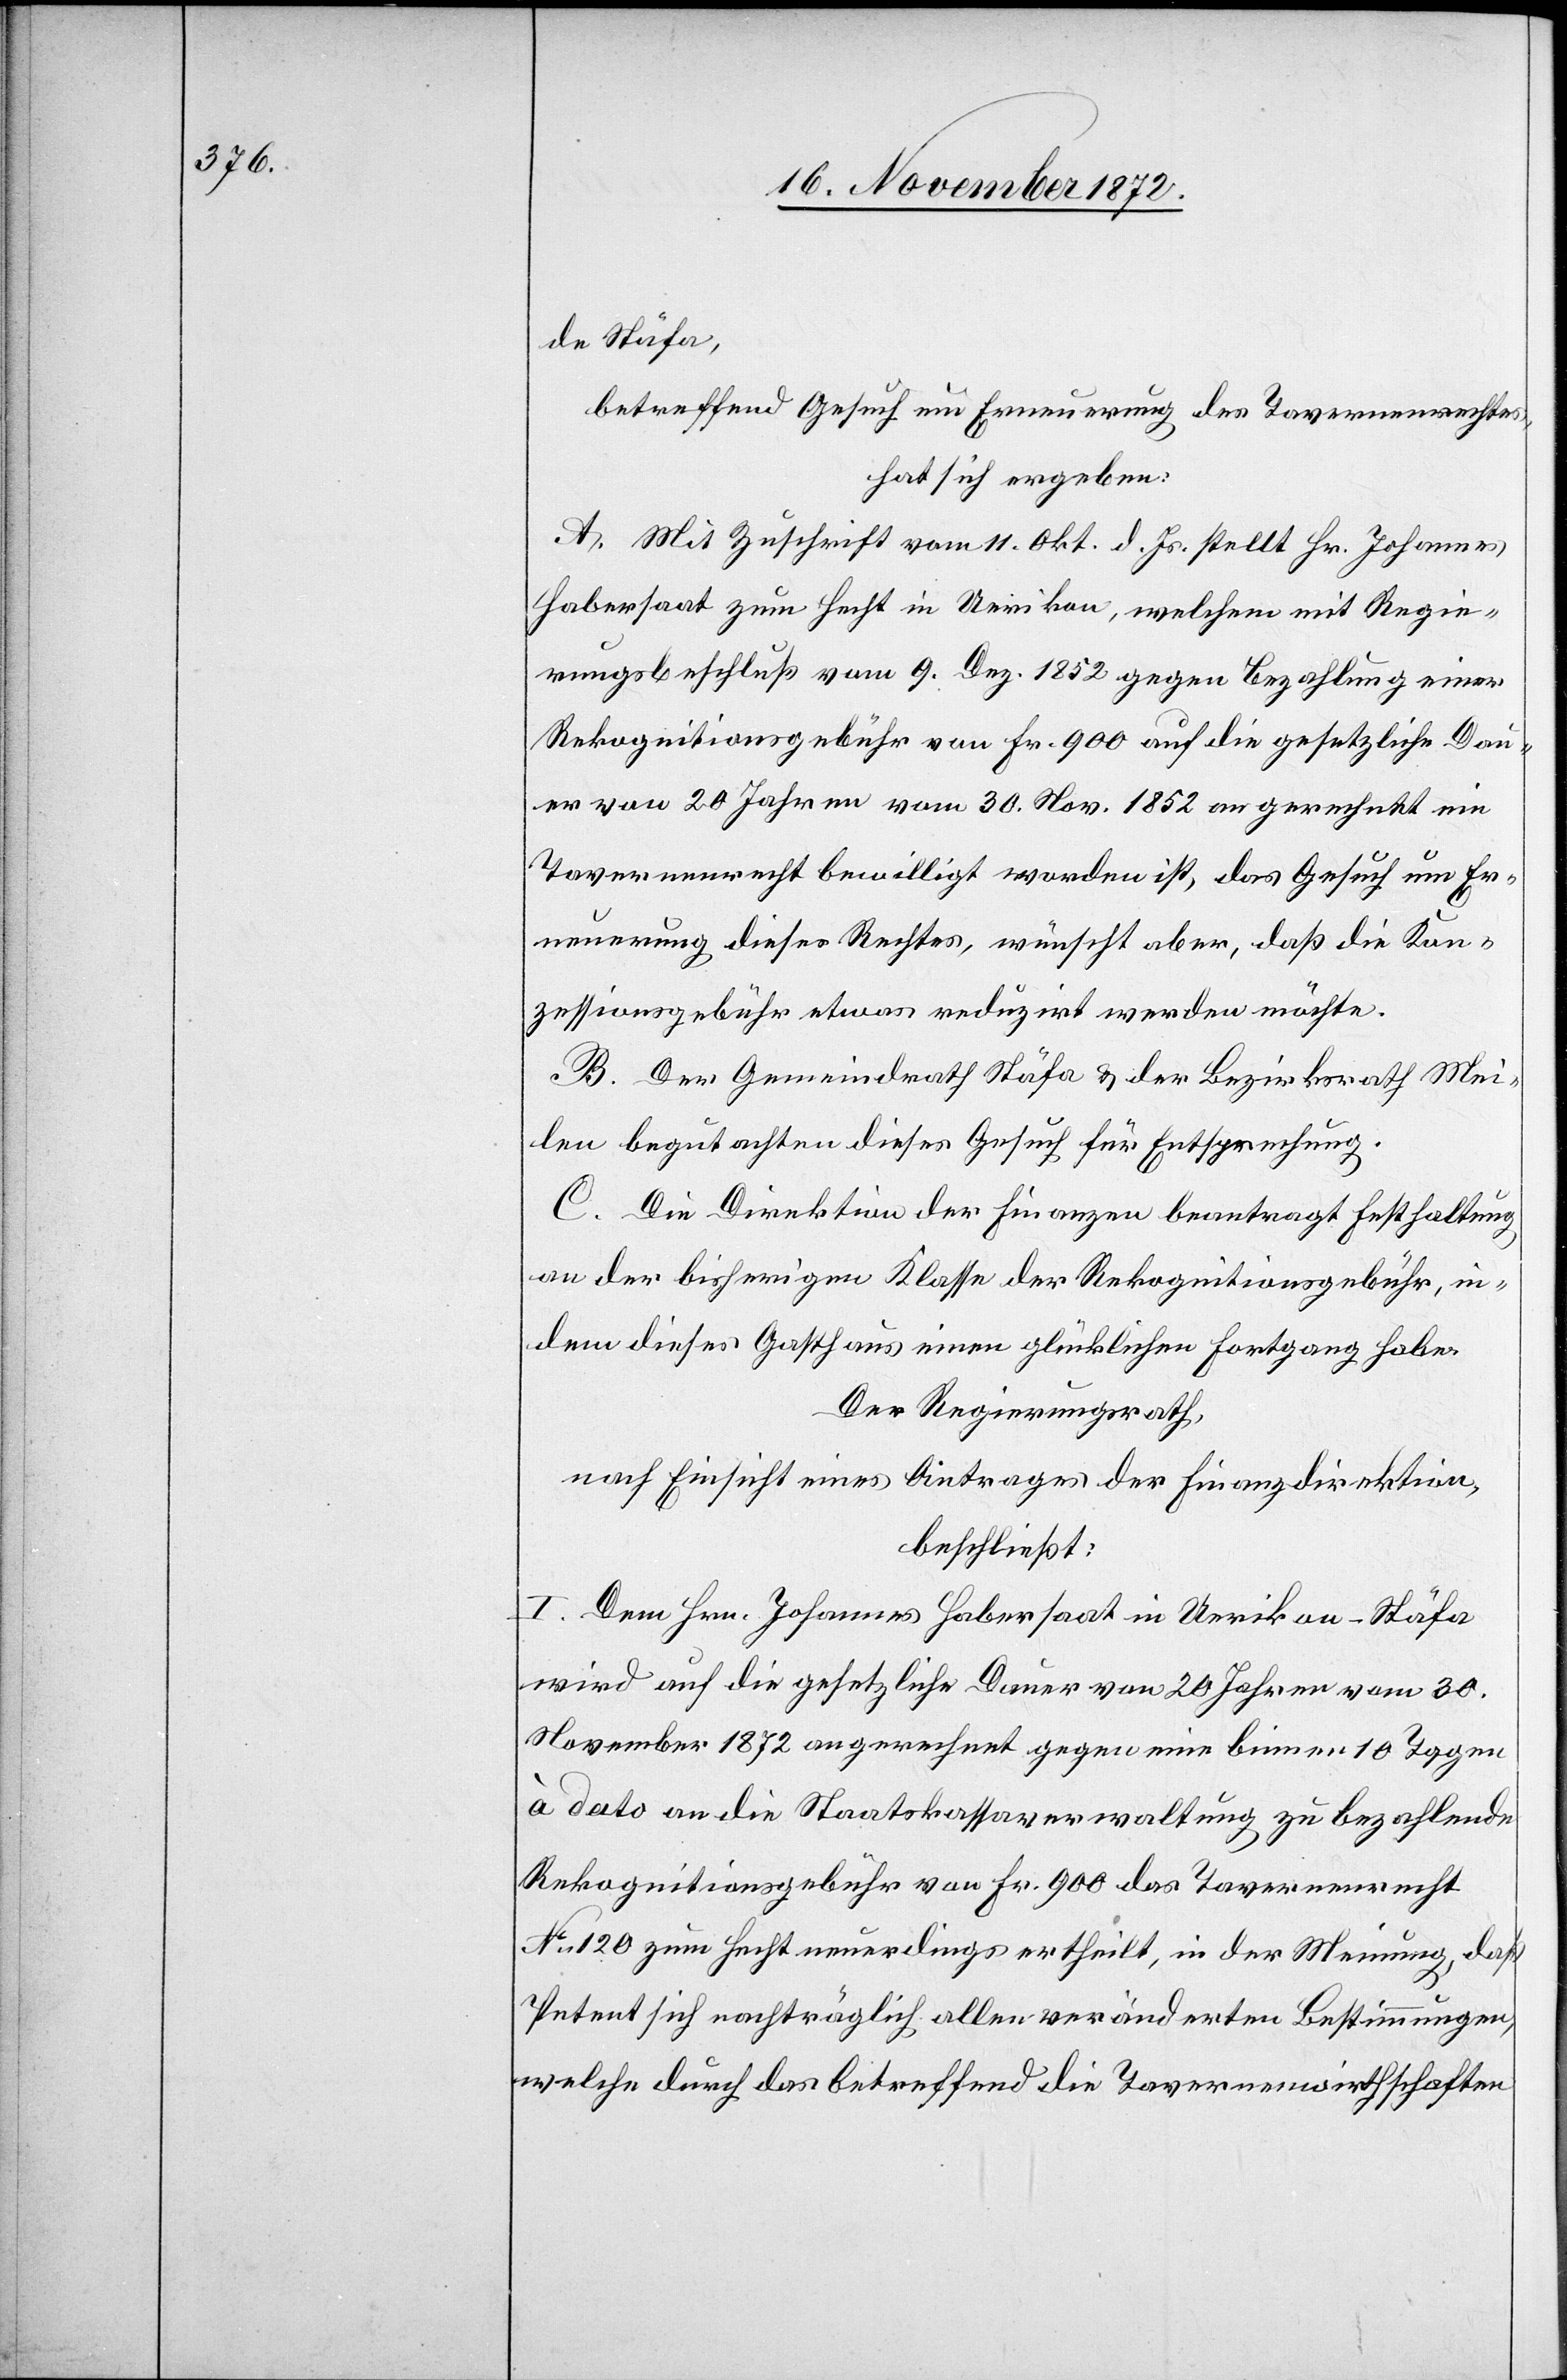
de Stäfa,
betreffend Gesuch um Erneuerung des Tavernenrechtes,
hat sich ergeben:
A. Mit Zuschrift vom 11. Okt. d. Js. stellt Hr. Johannes
Habersaat zum Hecht in Uerikon, welchem mit Regie¬
rungsbeschluß vom 9. Dez. 1852 gegen Bezahlung einer
Rekognitionsgebühr von Fr. 900 auf die gesetzliche Dau¬
er von 20 Jahren vom 30. Nov. 1852 an gerechnet ein
Tavernenrecht bewilligt worden ist, das Gesuch um Er¬
neuerung dieses Rechtes, wünscht aber, daß die Kon¬
zessionsgebühr etwas reduzirt werden möchte.
B. Der Gemeindrath Stäfa u. der Bezirksrath Mei¬
len begutachten dieses Gesuch für Entsprechung.
C. Die Direktion der Finanzen beantragt Festhaltung
an der bisherigen Klasse der Rekognitionsgebühr, in¬
dem dieses Gasthaus einen glücklichen Fortgang habe.
Der Regierungsrath,
nach Einsicht eines Antrages der Finanzdirektion,
beschließt:
I. Dem Hrn. Johannes Habersaat in Uerikon-Stäfa
wird auf die gesetzliche Dauer von 20 Jahren vom 30.
November 1872 an gerechnet gegen eine binnen 10 Tagen
à dato an die Staatskassaverwaltung zu bezahlende
Rekognitionsgebühr von Fr. 900 das Tavernenrecht
No 120 zum Hecht neuerdings ertheilt, in der Meinung, daß
Petent sich nachträglich allen veränderten Bestimmungen
welche durch das betreffend die Tavernenwirthschaften